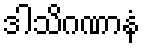
ဒါသိဂဏာနံ